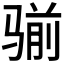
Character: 𩨊